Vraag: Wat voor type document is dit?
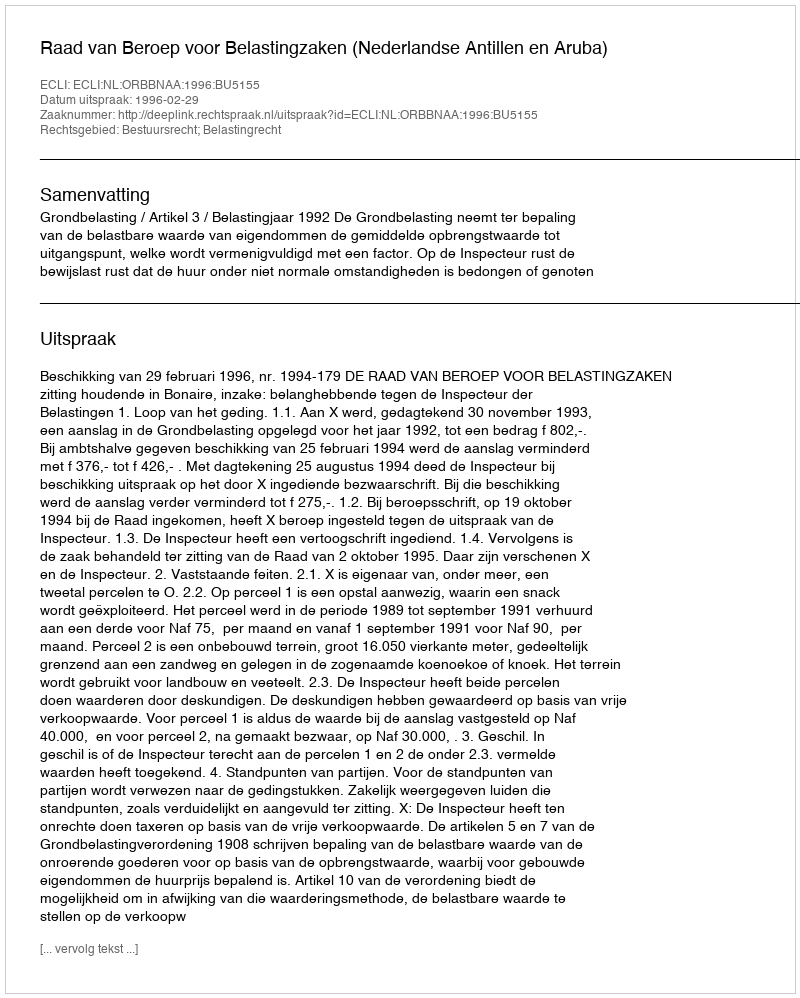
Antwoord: Uitspraak